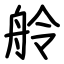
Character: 舲